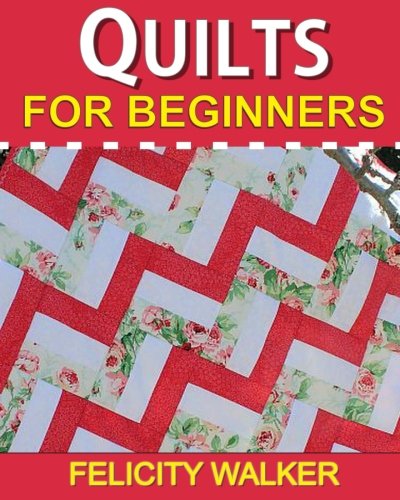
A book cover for Quilts for Beginners: A How-to Book of Quilting Supplies, How-to-Quilt Techniques, and Quilt Patterns; Felicity Walker; Crafts, Hobbies & Home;